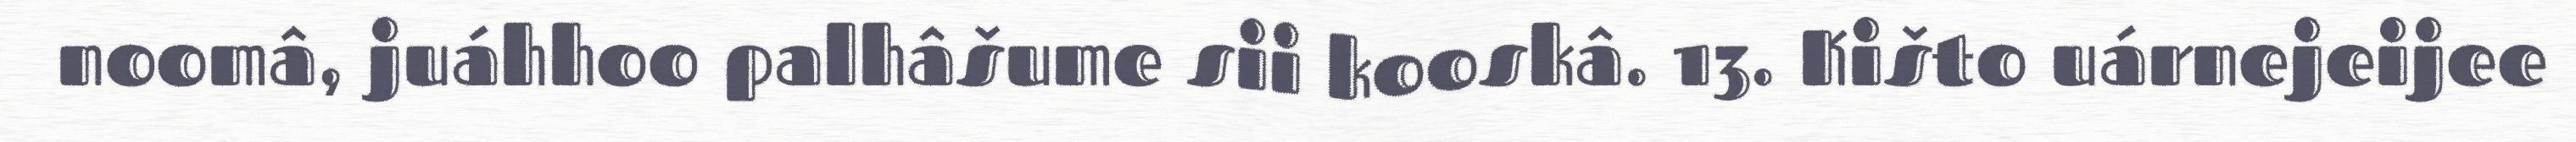
noomâ, juáhhoo palhâšume sii kooskâ. 13. Kišto uárnejeijee